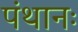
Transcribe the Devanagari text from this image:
पंथानः